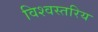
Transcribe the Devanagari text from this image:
विश्वस्तरिय